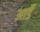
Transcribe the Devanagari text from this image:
आर्डॅ